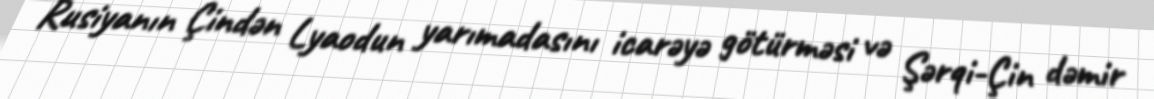
Rusiyanın Çindən Lyaodun yarımadasını icarəyə götürməsi və Şərqi-Çin dəmir